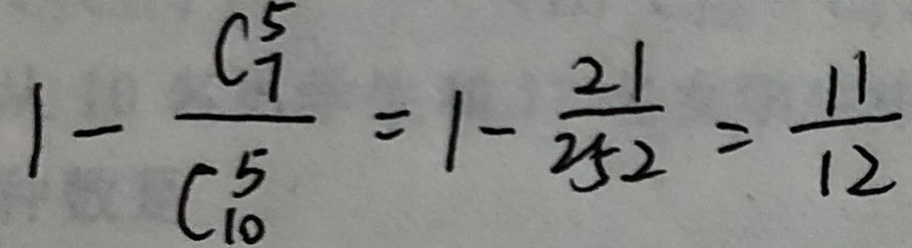
1 - \frac { C _ { 7 } ^ { 5 } } { C _ { 1 0 } ^ { 5 } } = 1 - \frac { 2 1 } { 2 5 2 } = \frac { 1 1 } { 1 2 }